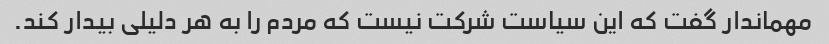
مهماندار گفت که این سیاست شرکت نیست که مردم را به هر دلیلی بیدار کند.